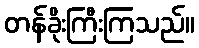
တန်ခိုးကြီးကြသည်။